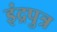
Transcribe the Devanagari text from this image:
इंद्रपुत्र